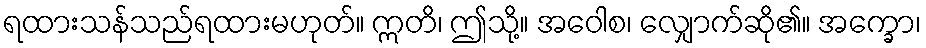
ရထားသန်သည်ရထားမဟုတ်။ ဣတိ၊ ဤသို့။ အဝေါစ၊ လျှောက်ဆို၏။ အက္ခော၊